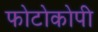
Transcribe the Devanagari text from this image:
फोटोकोपी